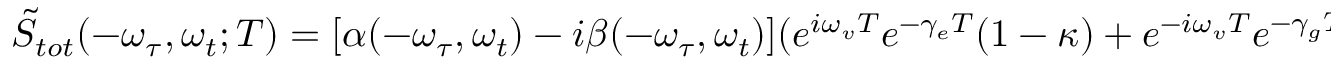
\begin{array} { r } { \tilde { S } _ { t o t } ( - \omega _ { \tau } , \omega _ { t } ; T ) = [ \alpha ( - \omega _ { \tau } , \omega _ { t } ) - i \beta ( - \omega _ { \tau } , \omega _ { t } ) ] ( e ^ { i \omega _ { v } T } e ^ { - \gamma _ { e } T } ( 1 - \kappa ) + e ^ { - i \omega _ { v } T } e ^ { - \gamma _ { g } T } ) . } \end{array}